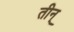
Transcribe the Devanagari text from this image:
तीन्